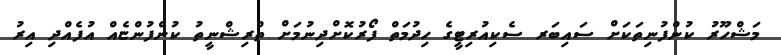
މަޝްހޫރު ކުންފުނިތަކަށް ސައިބަރ ސެކިއުރިޓީގެ ހިދުމަތް ފޯރުކޮށްދިނުމަށް ތްރިޝްނީތު ކުންފުންޏެއް އުފެއްދި އިރު